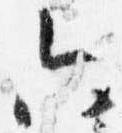
六